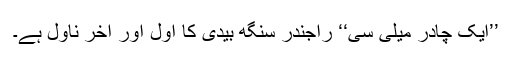
’’ایک چادر میلی سی‘‘ راجندر سنگھ بیدی کا اول اور آخر ناول ہے۔